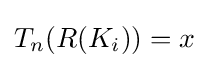
T_{n}(R(K_{i}))=x